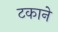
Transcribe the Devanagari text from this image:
टकाने